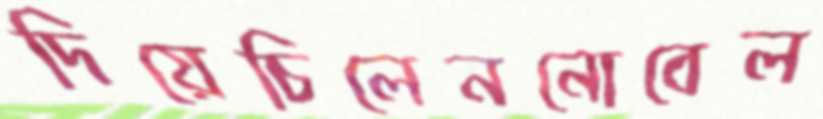
দিয়েচিলেননোবেল